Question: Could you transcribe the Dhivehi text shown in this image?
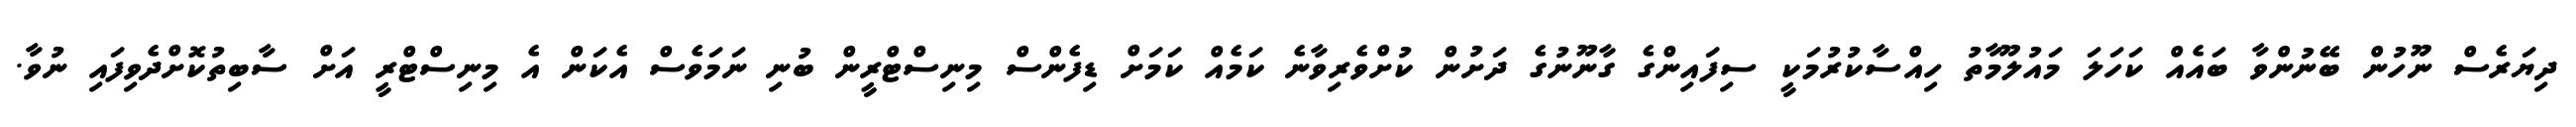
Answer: ދިޔަރެސް ނޫހުން ބޭނުންވާ ބައެއް ކަހަލަ މައުލޫމާތު ހިއްސާކުރުމަކީ ސިފައިންގެ ގާނޫނުގެ ދަށުން ކުށްވެރިވާނެ ކަމެއް ކަމަށް ޑިފެންސް މިނިސްޓްރީން ބުނި ނަމަވެސް އެކަން އެ މިނިސްޓްރީ އަށް ސާބިތުކޮށްދެވިފައި ނުވާ.